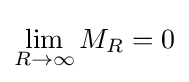
\lim _{R\to \infty }M_{R}=0